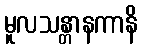
မူလသန္တာနကာနိ